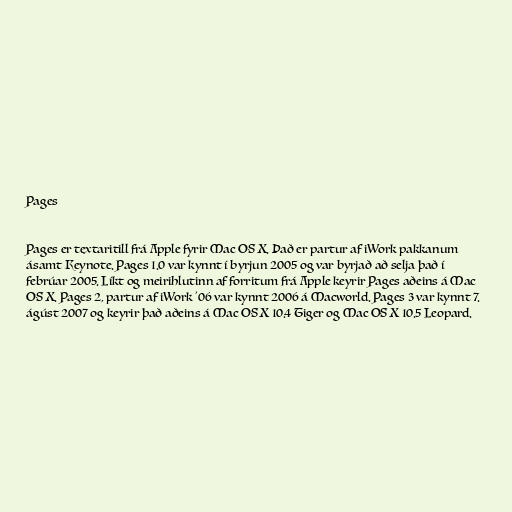
Pages

Pages er textaritill frá Apple fyrir Mac OS X. Það er partur af iWork pakkanum
ásamt Keynote. Pages 1.0 var kynnt í byrjun 2005 og var byrjað að selja það í
febrúar 2005. Líkt og meirihlutinn af forritum frá Apple keyrir Pages aðeins á Mac
OS X. Pages 2, partur af iWork '06 var kynnt 2006 á Macworld. Pages 3 var kynnt 7.
ágúst 2007 og keyrir það aðeins á Mac OS X 10.4 Tiger og Mac OS X 10.5 Leopard.